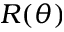
R ( \theta )